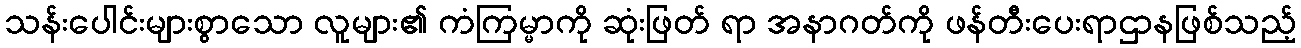
သန်းပေါင်းများစွာသော လူများ၏ ကံကြမ္မာကို ဆုံးဖြတ် ရာ အနာဂတ်ကို ဖန်တီးပေးရာဌာနဖြစ်သည့်